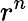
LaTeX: r^{n}